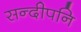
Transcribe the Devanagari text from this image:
सन्‍दीपनि